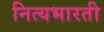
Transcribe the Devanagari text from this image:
नित्यभारती